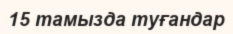
15 тамызда туғандар